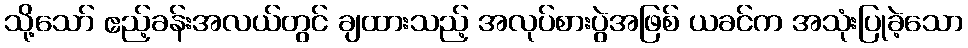
သို့သော် ဧည့်ခန်းအလယ်တွင် ချထားသည့် အလုပ်စားပွဲအဖြစ် ယခင်က အသုံးပြုခဲ့သော